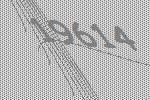
19614